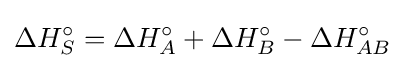
\Delta H_{S}^{\circ }=\Delta H_{A}^{\circ }+\Delta H_{B}^{\circ }-\Delta H_{AB}^{\circ }